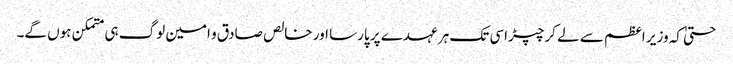
حتیٰ کہ وزیر اعظم سے لے کر چپڑاسی تک ہر عہدے پر پارسا اور خالص صادق و امین لوگ ہی متمکن ہوں گے۔